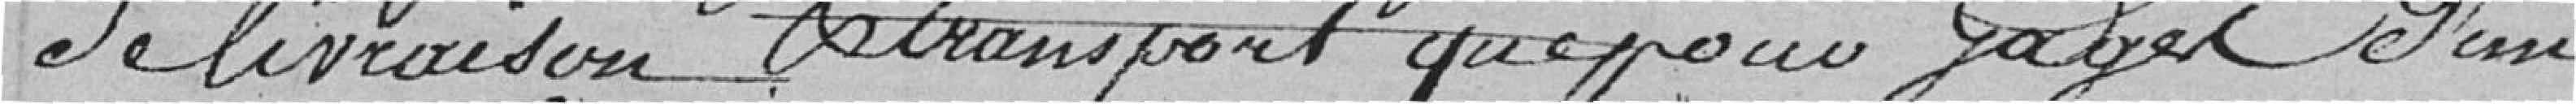
de livraison de transport que pour gages d'un